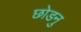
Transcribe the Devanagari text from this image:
छोडनु